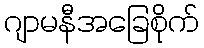
ဂျာမနီအခြေစိုက်